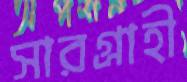
সারগ্রাহী